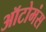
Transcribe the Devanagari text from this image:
ऑटोमंस